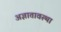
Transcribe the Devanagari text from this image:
अज्ञातावस्था